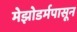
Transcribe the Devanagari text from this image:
मेझोडर्मपासून